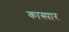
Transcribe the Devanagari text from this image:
कास्पार